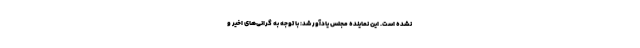
نشده است. این نماینده مجلس یادآور شد: با توجه به گرانی‌های اخیر و